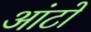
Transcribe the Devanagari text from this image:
आंटों